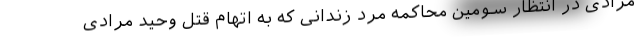
مرادی در انتظار سومین محاکمه مرد زندانی که به اتهام قتل وحید مرادی